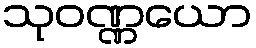
သုဝဏ္ဏယော